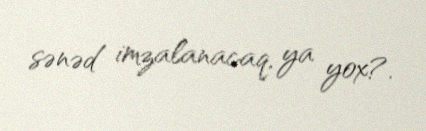
sənəd imzalanacaq, ya yox?.